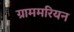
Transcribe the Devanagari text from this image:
ग्राममरियन